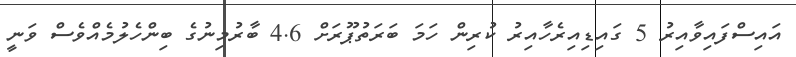
އައިސްފައިވާއިރު 5 ގައިޑިއިރެހާއިރު ކުރިން ހަމަ ބަރަތުޕޫރަށް 4.6 ބާރުމިނުގެ ބިންހެލުމެއްވެސް ވަނީ